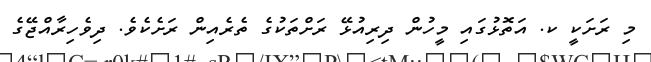
މި ރަށަކީ ކ. އަތޮޅުގައި މީހުން ދިރިއުޅޭ ރަށްތަކުގެ ތެރެއިން ރަށެކެވެ. ދިވެހިރާއްޖޭގެ